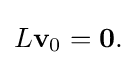
{\textstyle L\mathbf {v} _{0}=\mathbf {0} .}